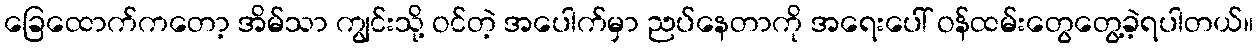
ခြေထောက်ကတော့ အိမ်သာ ကျွင်းသို့ ဝင်တဲ့ အပေါက်မှာ ညပ်နေတာကို အရေးပေါ် ဝန်ထမ်းတွေတွေ့ခဲ့ရပါတယ်။